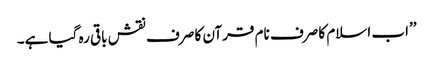
’’اب اسلام کا صرف نام قرآن کا صرف نقش باقی رہ گیا ہے۔